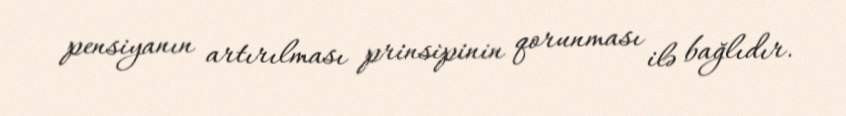
pensiyanın artırılması prinsipinin qorunması ilə bağlıdır.